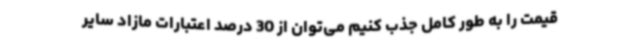
قیمت را به طور کامل جذب کنیم می‌توان از 30 درصد اعتبارات مازاد سایر